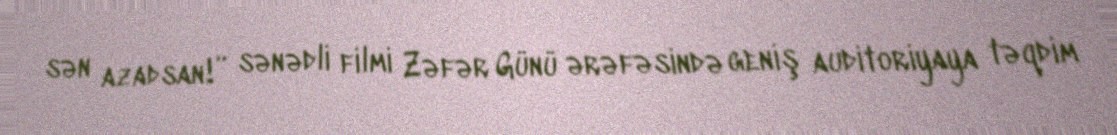
sən azadsan!” sənədli filmi Zəfər Günü ərəfəsində geniş auditoriyaya təqdim